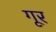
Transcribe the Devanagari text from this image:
गूर